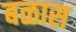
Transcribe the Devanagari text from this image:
बळास